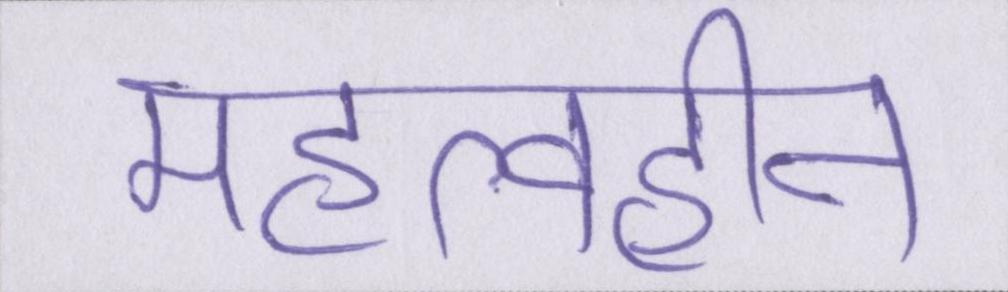
महत्वहीन